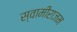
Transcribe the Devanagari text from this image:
स्वामीराजम